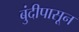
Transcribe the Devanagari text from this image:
बुंदीपासून